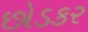
છોડકર